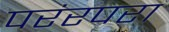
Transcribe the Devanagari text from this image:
परंरपरा